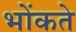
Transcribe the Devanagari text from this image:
भोंकते